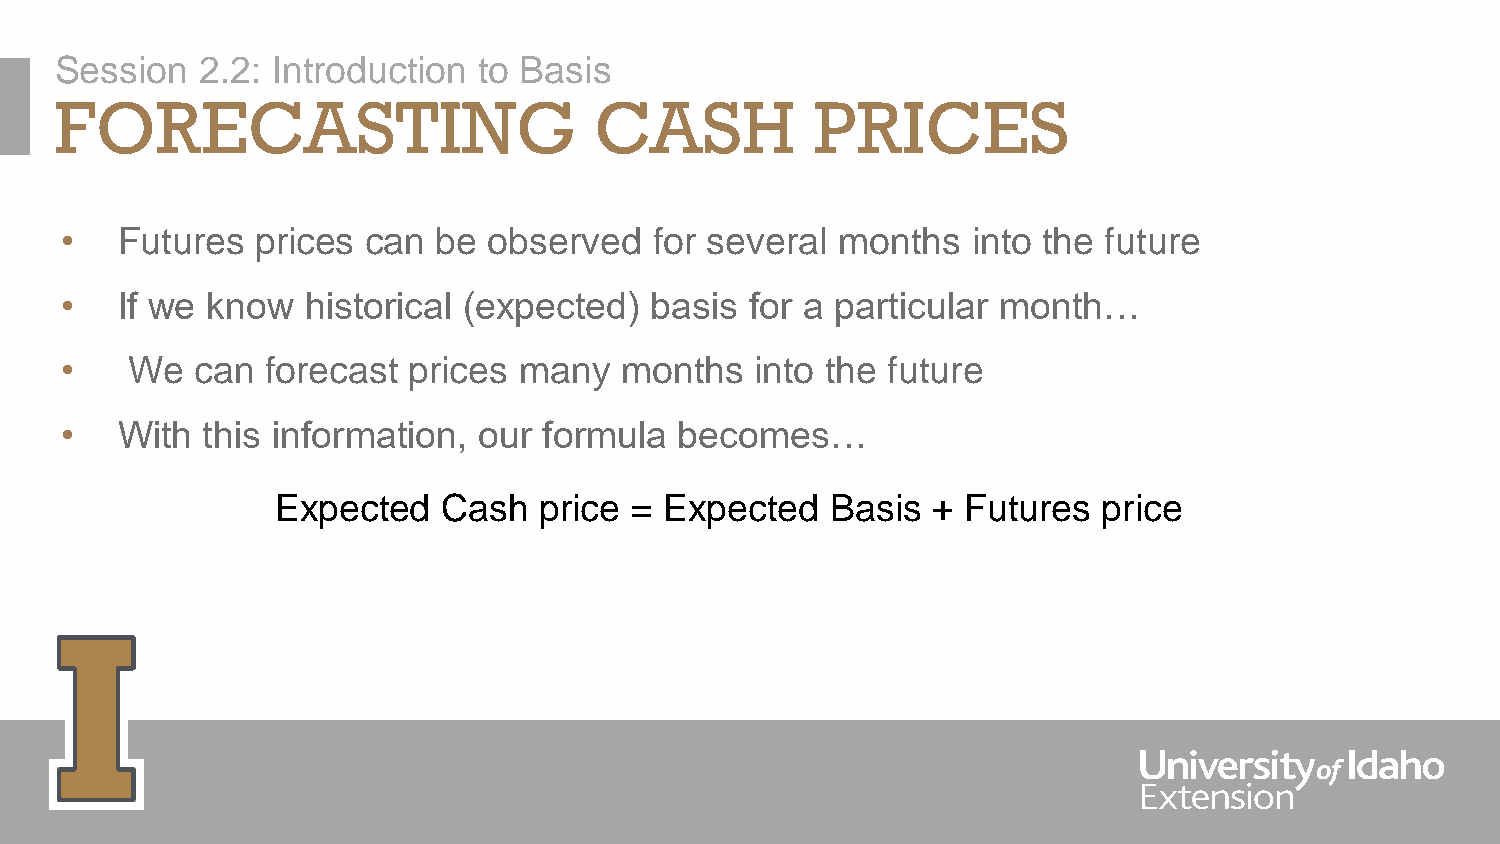
Session  2.2: Introduction  to Basis
 FORECASTING                        CASH           PRICES
 •   Futures  prices can  be observed   for several  months  into the future
 •   If we know  historical (expected)  basis  for a particular month…
 •   We   can  forecast prices many   months   into the future
 •   With this information,  our formula  becomes…
 Expected   Cash   price = Expected   Basis  + Futures  price